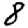
Digit: 8